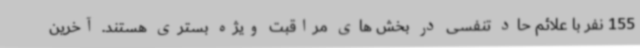
155 نفر با علائم حاد تنفسی در بخش های مراقبت ویژه بستری هستند. آخرین